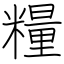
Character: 糧